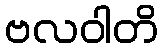
ဗလဝါတိ